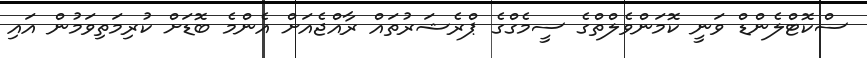
ސްކޮޓްލެންޑް ވަނީ ކޮމަންވެލްތްގެ ސީމެގްގެ ޕްރެޝަރުތައް ރާއްޖެއަށް އެންމެ ބޮޑަށް ކުރިމަތިވަމުން އައި